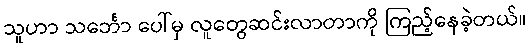
သူဟာ သင်္ဘော ပေါ်မှ လူတွေဆင်းလာတာကို ကြည့်နေခဲ့တယ်။